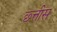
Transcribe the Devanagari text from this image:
छ्त्तीस